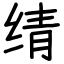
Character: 𬘬